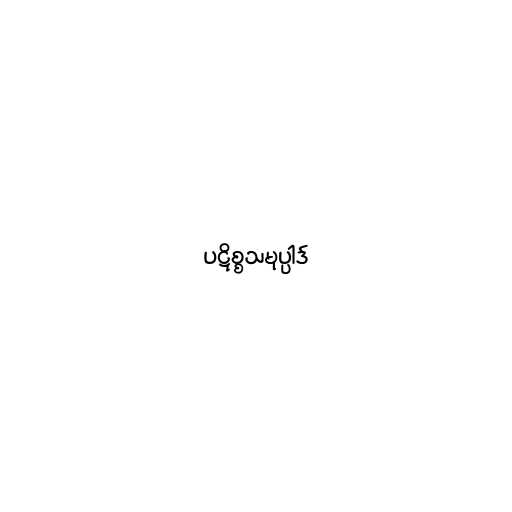
ပဋိစ္စသမုပ္ပါဒ်